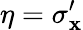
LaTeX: \eta=\sigma_{\mathbf{x}}^{\prime}